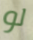
لو